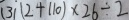
( 3 ) ( 2 + 1 1 0 ) \times 2 6 \div 2